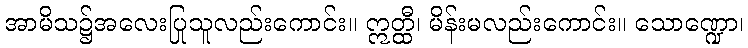
အာမိသ၌အလေးပြုသူလည်းကောင်း။ ဣတ္ထီ၊ မိန်းမလည်းကောင်း။ သောဏ္ဍော၊